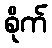
စိုက်